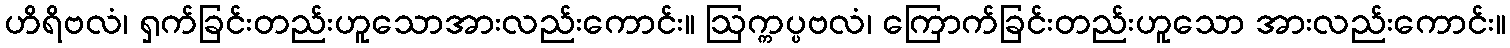
ဟိရိဗလံ၊ ရှက်ခြင်းတည်းဟူသောအားလည်းကောင်း။ ဩက္ကပ္ပဗလံ၊ ကြောက်ခြင်းတည်းဟူသော အားလည်းကောင်း။